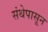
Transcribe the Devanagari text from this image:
संथेपासून